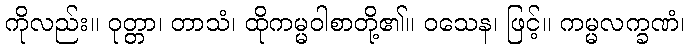
ကိုလည်း။ ဝုတ္တာ၊ တာသံ၊ ထိုကမ္မဝါစာတို့၏။ ဝသေန၊ ဖြင့်။ ကမ္မလက္ခဏံ၊